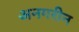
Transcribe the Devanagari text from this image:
अनगरीन